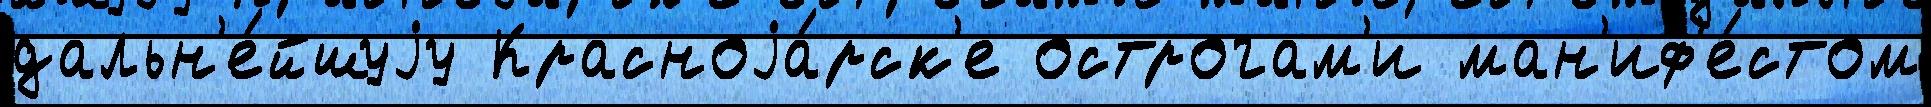
дальн'е́йшуjу Красноjа́рск'е острогам'и ман'иф'е́стом